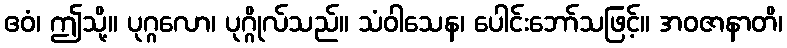
ဧဝံ၊ ဤသို့။ ပုဂ္ဂလော၊ ပုဂ္ဂိုလ်သည်။ သံဝါသေန၊ ပေါင်းဘော်သဖြင့်။ အဝဇာနာတိ၊